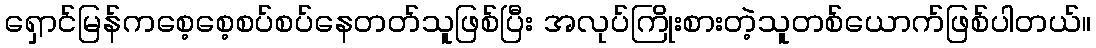
ရှောင်မြန်ကစေ့စေ့စပ်စပ်နေတတ်သူဖြစ်ပြီး အလုပ်ကြိုးစားတဲ့သူတစ်ယောက်ဖြစ်ပါတယ်။